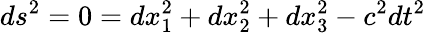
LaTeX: ds^{2}=0=dx_{1}^{2}+dx_{2}^{2}+dx_{3}^{2}-c^{2}dt^{2}